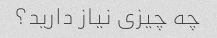
چه چیزی نیاز دارید؟